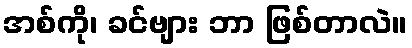
အစ်ကို၊ ခင်ဗျား ဘာ ဖြစ်တာလဲ။